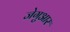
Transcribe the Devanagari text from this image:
जेगुआर